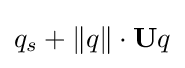
q_{s}+\lVert q\rVert \cdot \mathbf {U} q